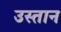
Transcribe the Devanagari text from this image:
उस्तान